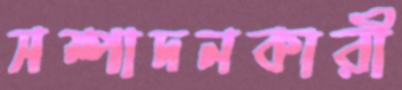
সম্পাদনকারী